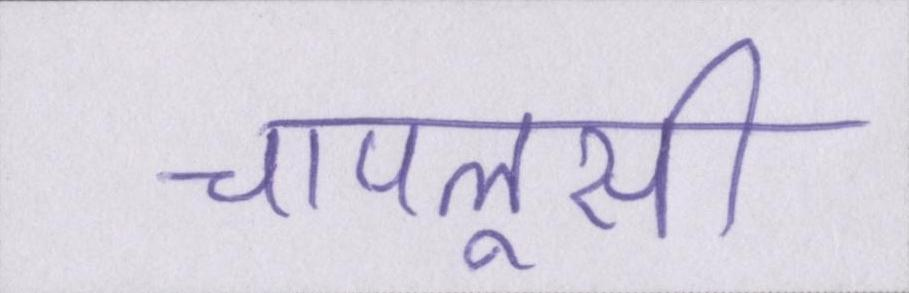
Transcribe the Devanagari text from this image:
चापलूसी